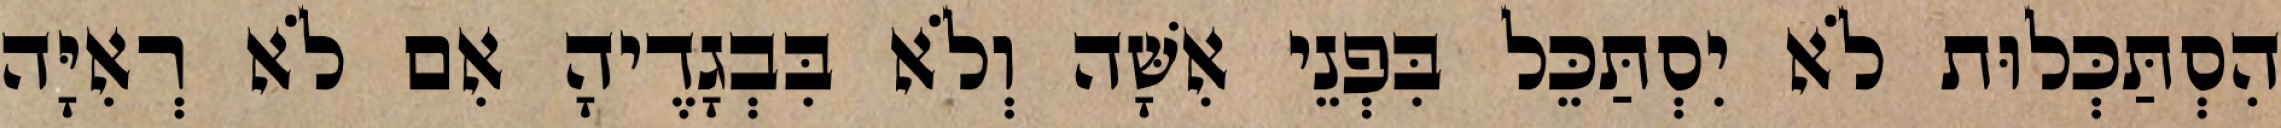
הִסְתַּכְּלוּת לֹא יִסְתַּכֵּל בִּפְנֵי אִשָּׁה וְלֹא בִּבְגָדֶיהָ אִם לֹא רְאִיָּה